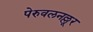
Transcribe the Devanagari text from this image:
पेरुवलनल्लूर